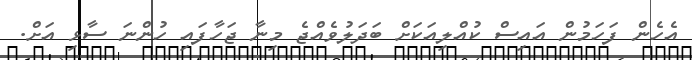
އެހެން ފަހަމުން އައިސް ކުއްލިއަކަށް ބަދަލުވެއްޖެ މިނާ ޖަހާފައި ހުންނަ ސާޅި އަށް.